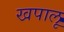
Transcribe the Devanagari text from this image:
खपालू